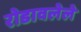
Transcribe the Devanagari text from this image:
रोडावलेले